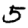
Digit: 5